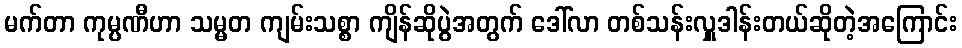
မက်တာ ကုမ္ပဏီဟာ သမ္မတ ကျမ်းသစ္စာ ကျိန်ဆိုပွဲအတွက် ဒေါ်လာ တစ်သန်းလှူဒါန်းတယ်ဆိုတဲ့အကြောင်း